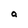
Character: a